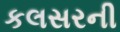
કલસરની